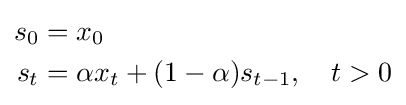
{\begin{aligned}s_{0}&=x_{0}\\s_{t}&=\alpha x_{t}+(1-\alpha )s_{t-1},\quad t>0\end{aligned}}